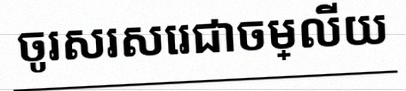
ចូរសរសេរជាចម្លើយ